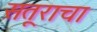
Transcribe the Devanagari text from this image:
सतूराचा